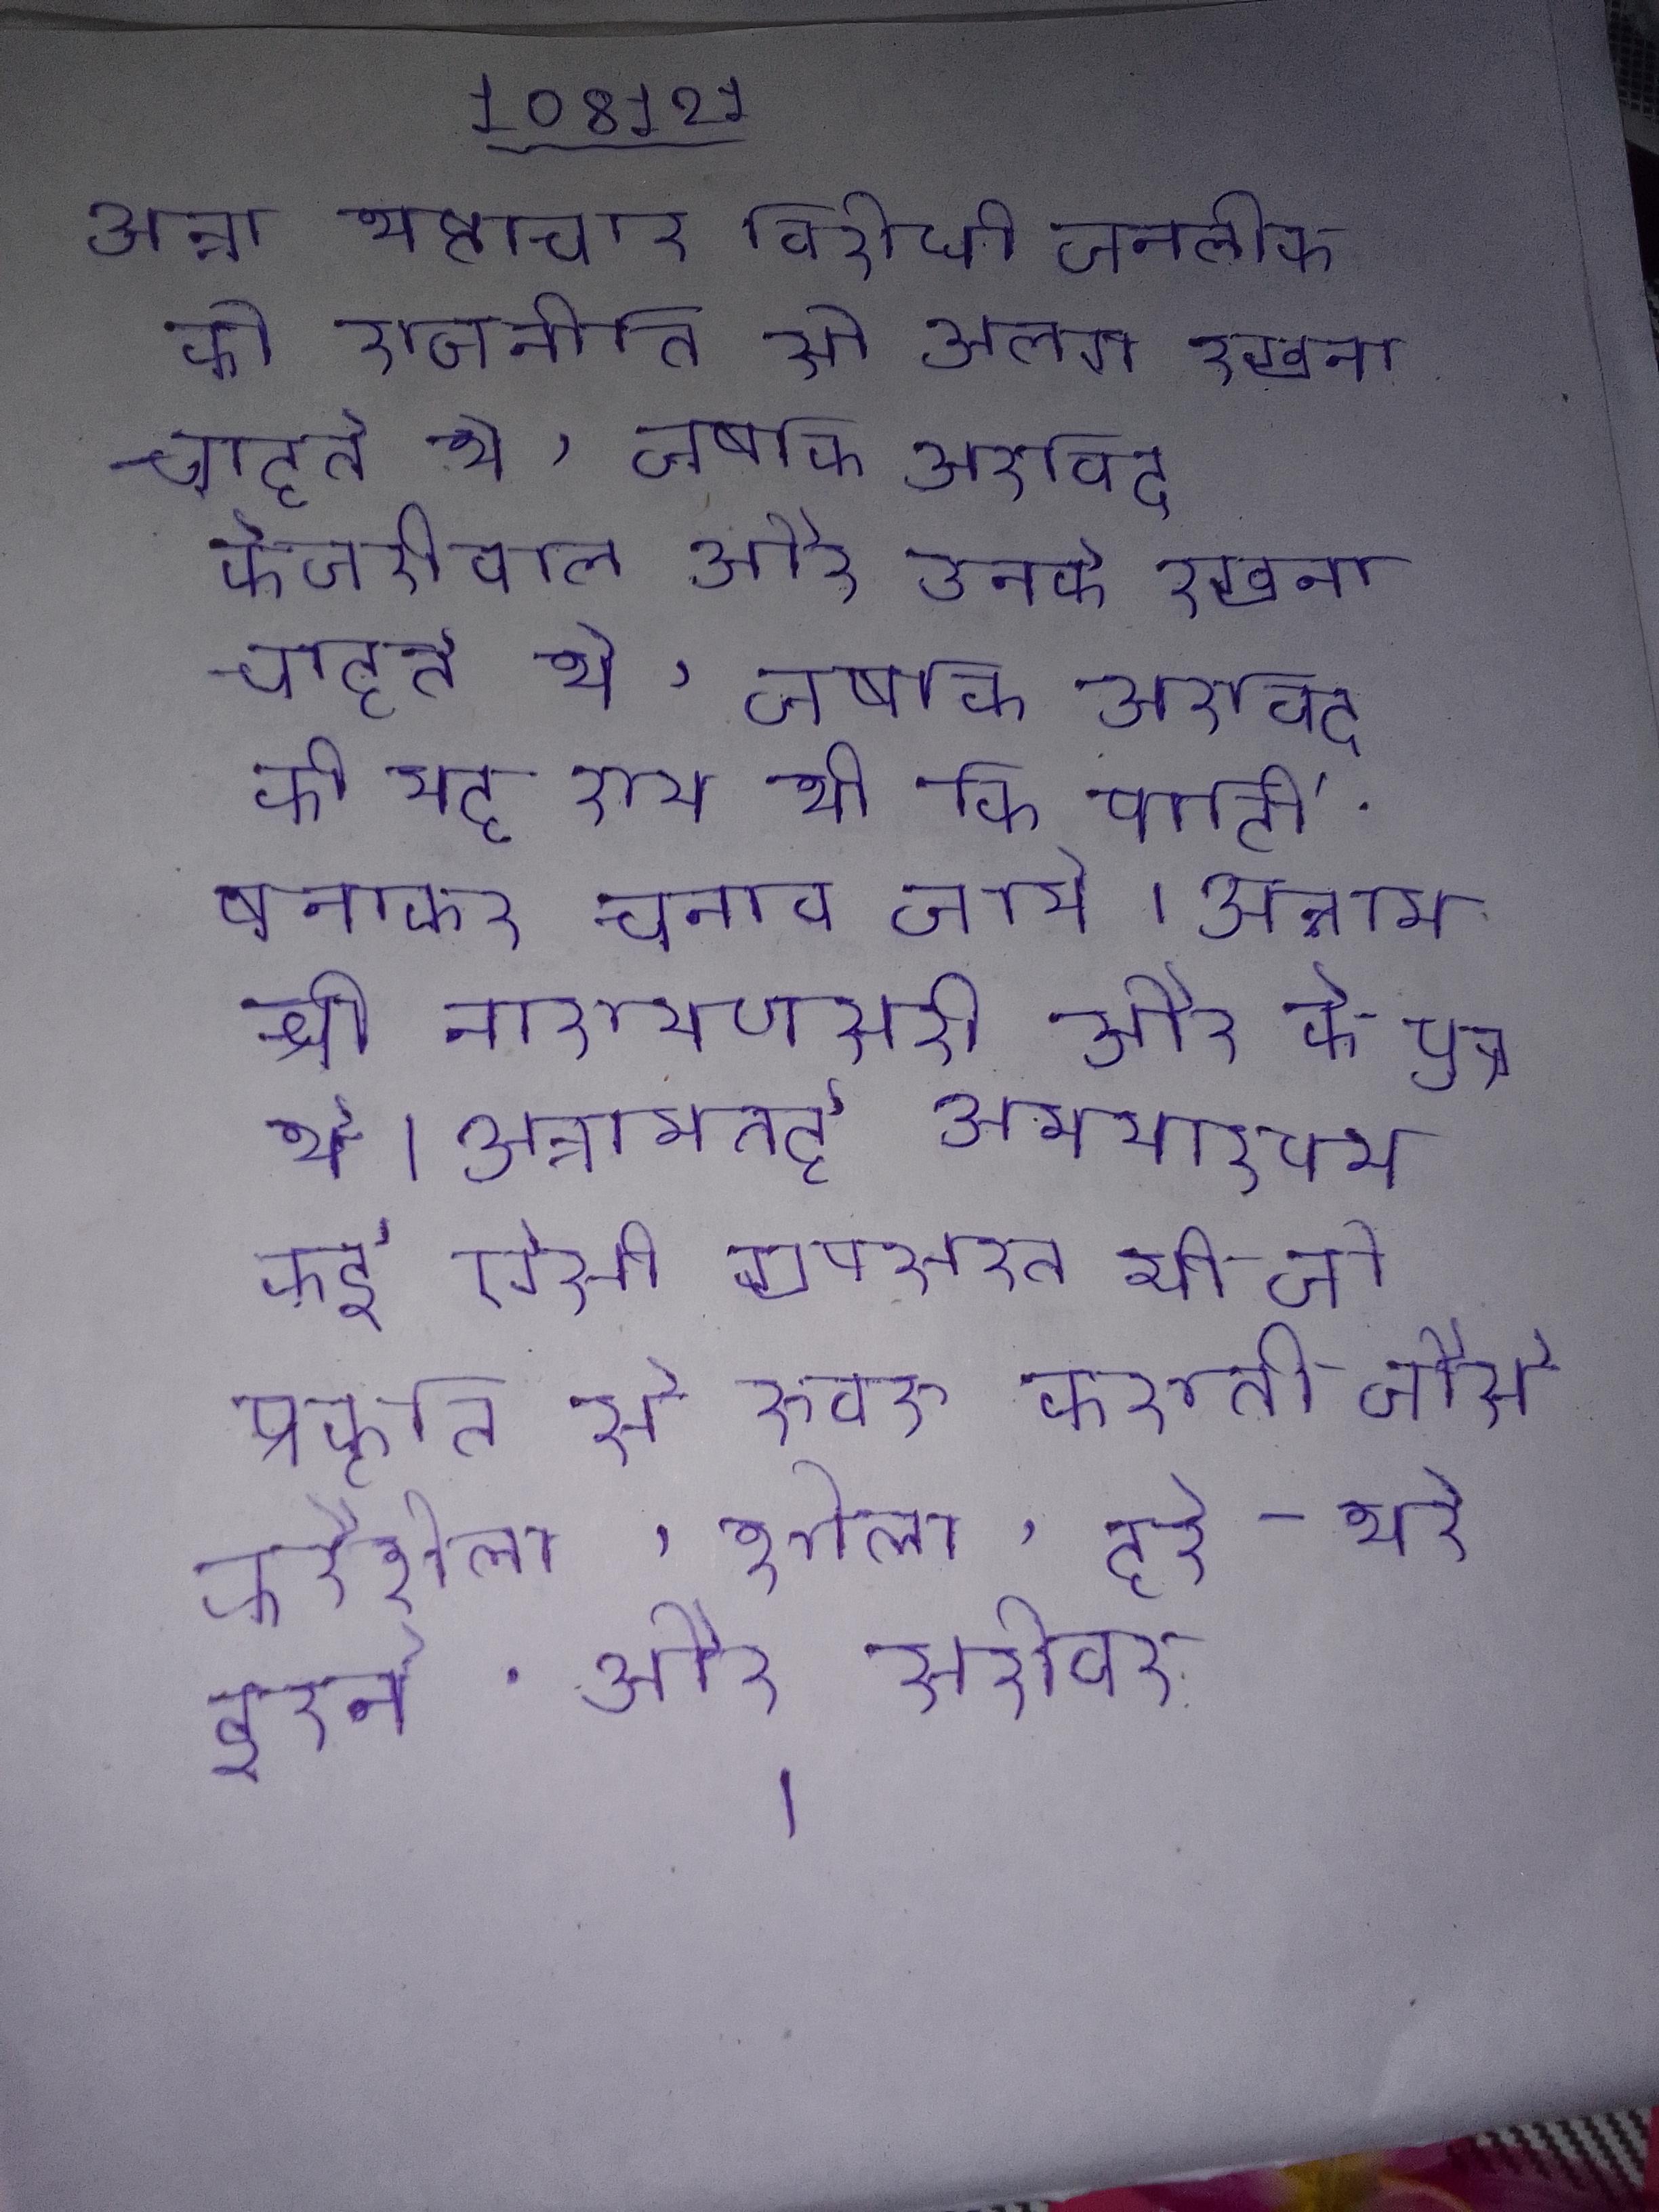
अन्ना भ्रष्टाचार विरोधी जनलोकपाल को राजनीति से अलग रखना चाहते थे, जबकि अरविन्द केजरीवाल और उनके की यह राय थी कि पार्टी बनाकर चुनाव जाये । अन्नामचार्य श्री नारायणसूरी और के पुत्र थे । अन्नामलई अभयारण्य कई ऐसी खूबसूरत भी जो प्रकृति से रूबरू कराती जैसे करैन्शोला, शोला, हरे-भरे झरने, और सरोवर ।